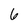
Character: 6